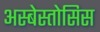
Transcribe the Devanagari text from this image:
अस्बेस्तोसिस